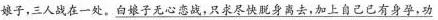
娘子，三人战在一处。\underline{白娘子无心恋战，只求尽快脱身离去，加上自己已有身孕，功}